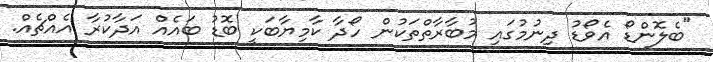
"ބެލޮންޑޯ އެވޯޑު ދިނުމުގައި މުބާރާތްތަކުން ހޯދާ ކާމިޔާބަކީ ބޮޑު ބައެއް އަދާކުރާ އެއްޗެއް.